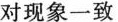
对现象一致